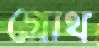
গ্রোথ